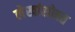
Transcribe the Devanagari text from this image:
लेखांसोबत